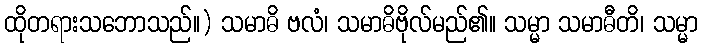
ထိုတရားသဘောသည်။) သမာဓိ ဗလံ၊ သမာဓိဗိုလ်မည်၏။ သမ္မာ သမာဓီတိ၊ သမ္မာ